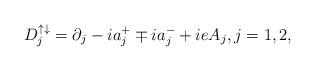
LaTeX: \begin{align*}D^{\uparrow\downarrow}_j=\partial_j-ia^+_j\mp ia_j^-+ieA_j,j=1,2,\end{align*}